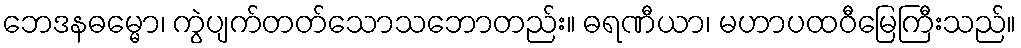
ဘေဒနဓမ္မော၊ ကွဲပျက်တတ်သောသဘောတည်း။ ဓရဏီယာ၊ မဟာပထဝီမြေကြီးသည်။